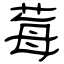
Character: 莓